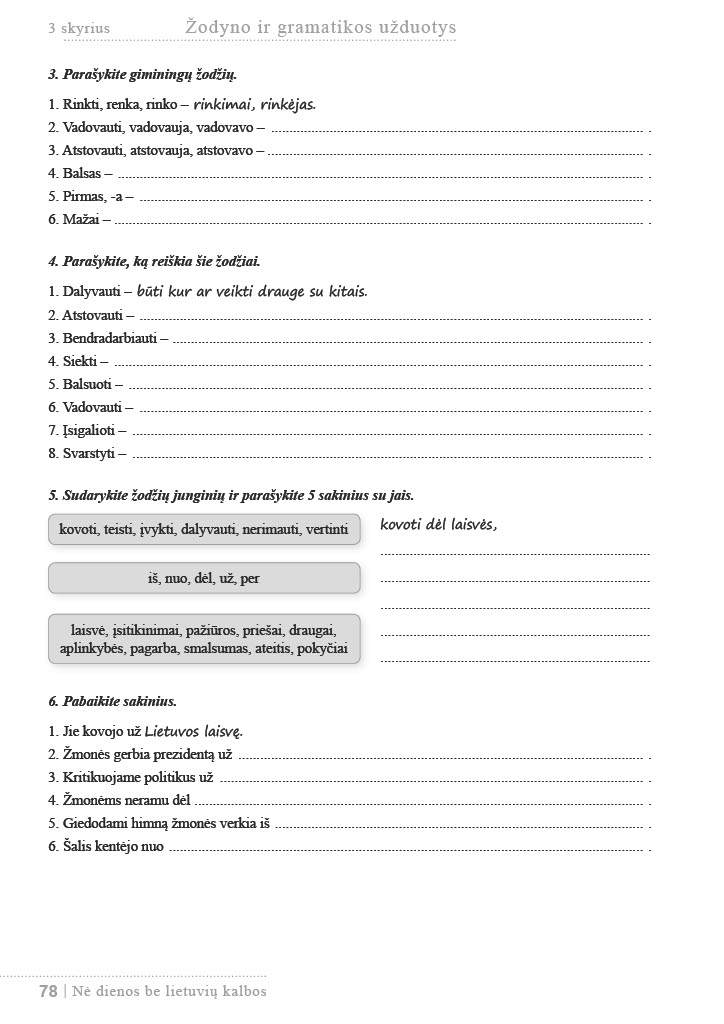
Language: lt